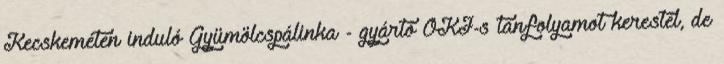
Kecskeméten induló Gyümölcspálinka - gyártó OKJ-s tanfolyamot kerestél, de